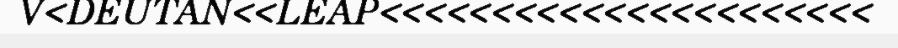
V<DEUTAN<<LEAP<<<<<<<<<<<<<<<<<<<<<<